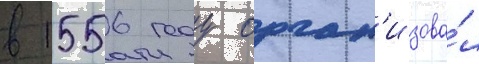
в 1556 году орган'изова́л